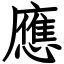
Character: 應